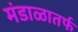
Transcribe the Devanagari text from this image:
मंडाळातर्फ